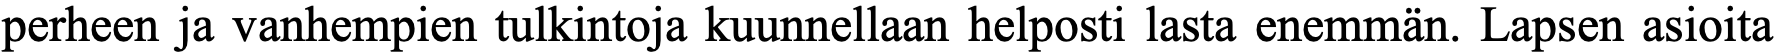
perheen ja vanhempien tulkintoja kuunnellaan helposti lasta enemmän. Lapsen asioita